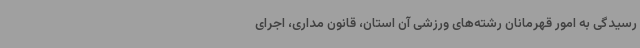
رسیدگی به امور قهرمانان رشته‌های ورزشی آن استان، قانون مداری، اجرای